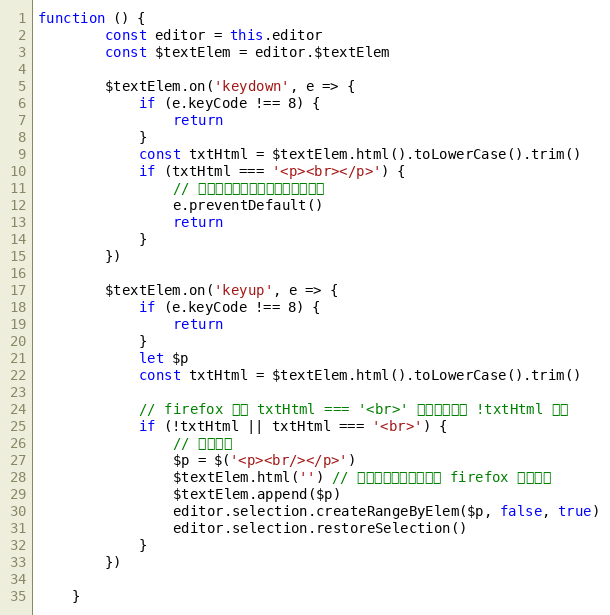
Language: JavaScript
function () {
        const editor = this.editor
        const $textElem = editor.$textElem

        $textElem.on('keydown', e => {
            if (e.keyCode !== 8) {
                return
            }
            const txtHtml = $textElem.html().toLowerCase().trim()
            if (txtHtml === '<p><br></p>') {
                // 最后剩下一个空行，就不再删除了
                e.preventDefault()
                return
            }
        })

        $textElem.on('keyup', e => {
            if (e.keyCode !== 8) {
                return
            }
            let $p
            const txtHtml = $textElem.html().toLowerCase().trim()

            // firefox 时用 txtHtml === '<br>' 判断，其他用 !txtHtml 判断
            if (!txtHtml || txtHtml === '<br>') {
                // 内容空了
                $p = $('<p><br/></p>')
                $textElem.html('') // 一定要先清空，否则在 firefox 下有问题
                $textElem.append($p)
                editor.selection.createRangeByElem($p, false, true)
                editor.selection.restoreSelection()
            }
        })

    }